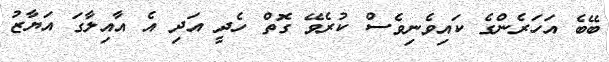
ބޭބެ އަހަރެންގެ ކައިވެނިވެސް ކުރެވޭ ގޮތް ހެދީ އަދި އެ އާއިލާގަ އަޔާޒު